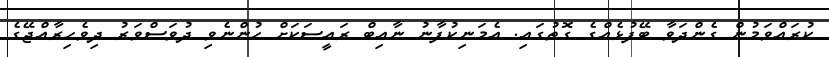
ކުރައްވަމުން ގެންދަވާ ބޭފުޅެއްގެ ގޮތުގައި. އެމަނިކުފާނު ނާއިބް ރައީސަކަށް ހުންނެވި ދުވަސްވަރު ދިވެހިރާއްޖޭގެ